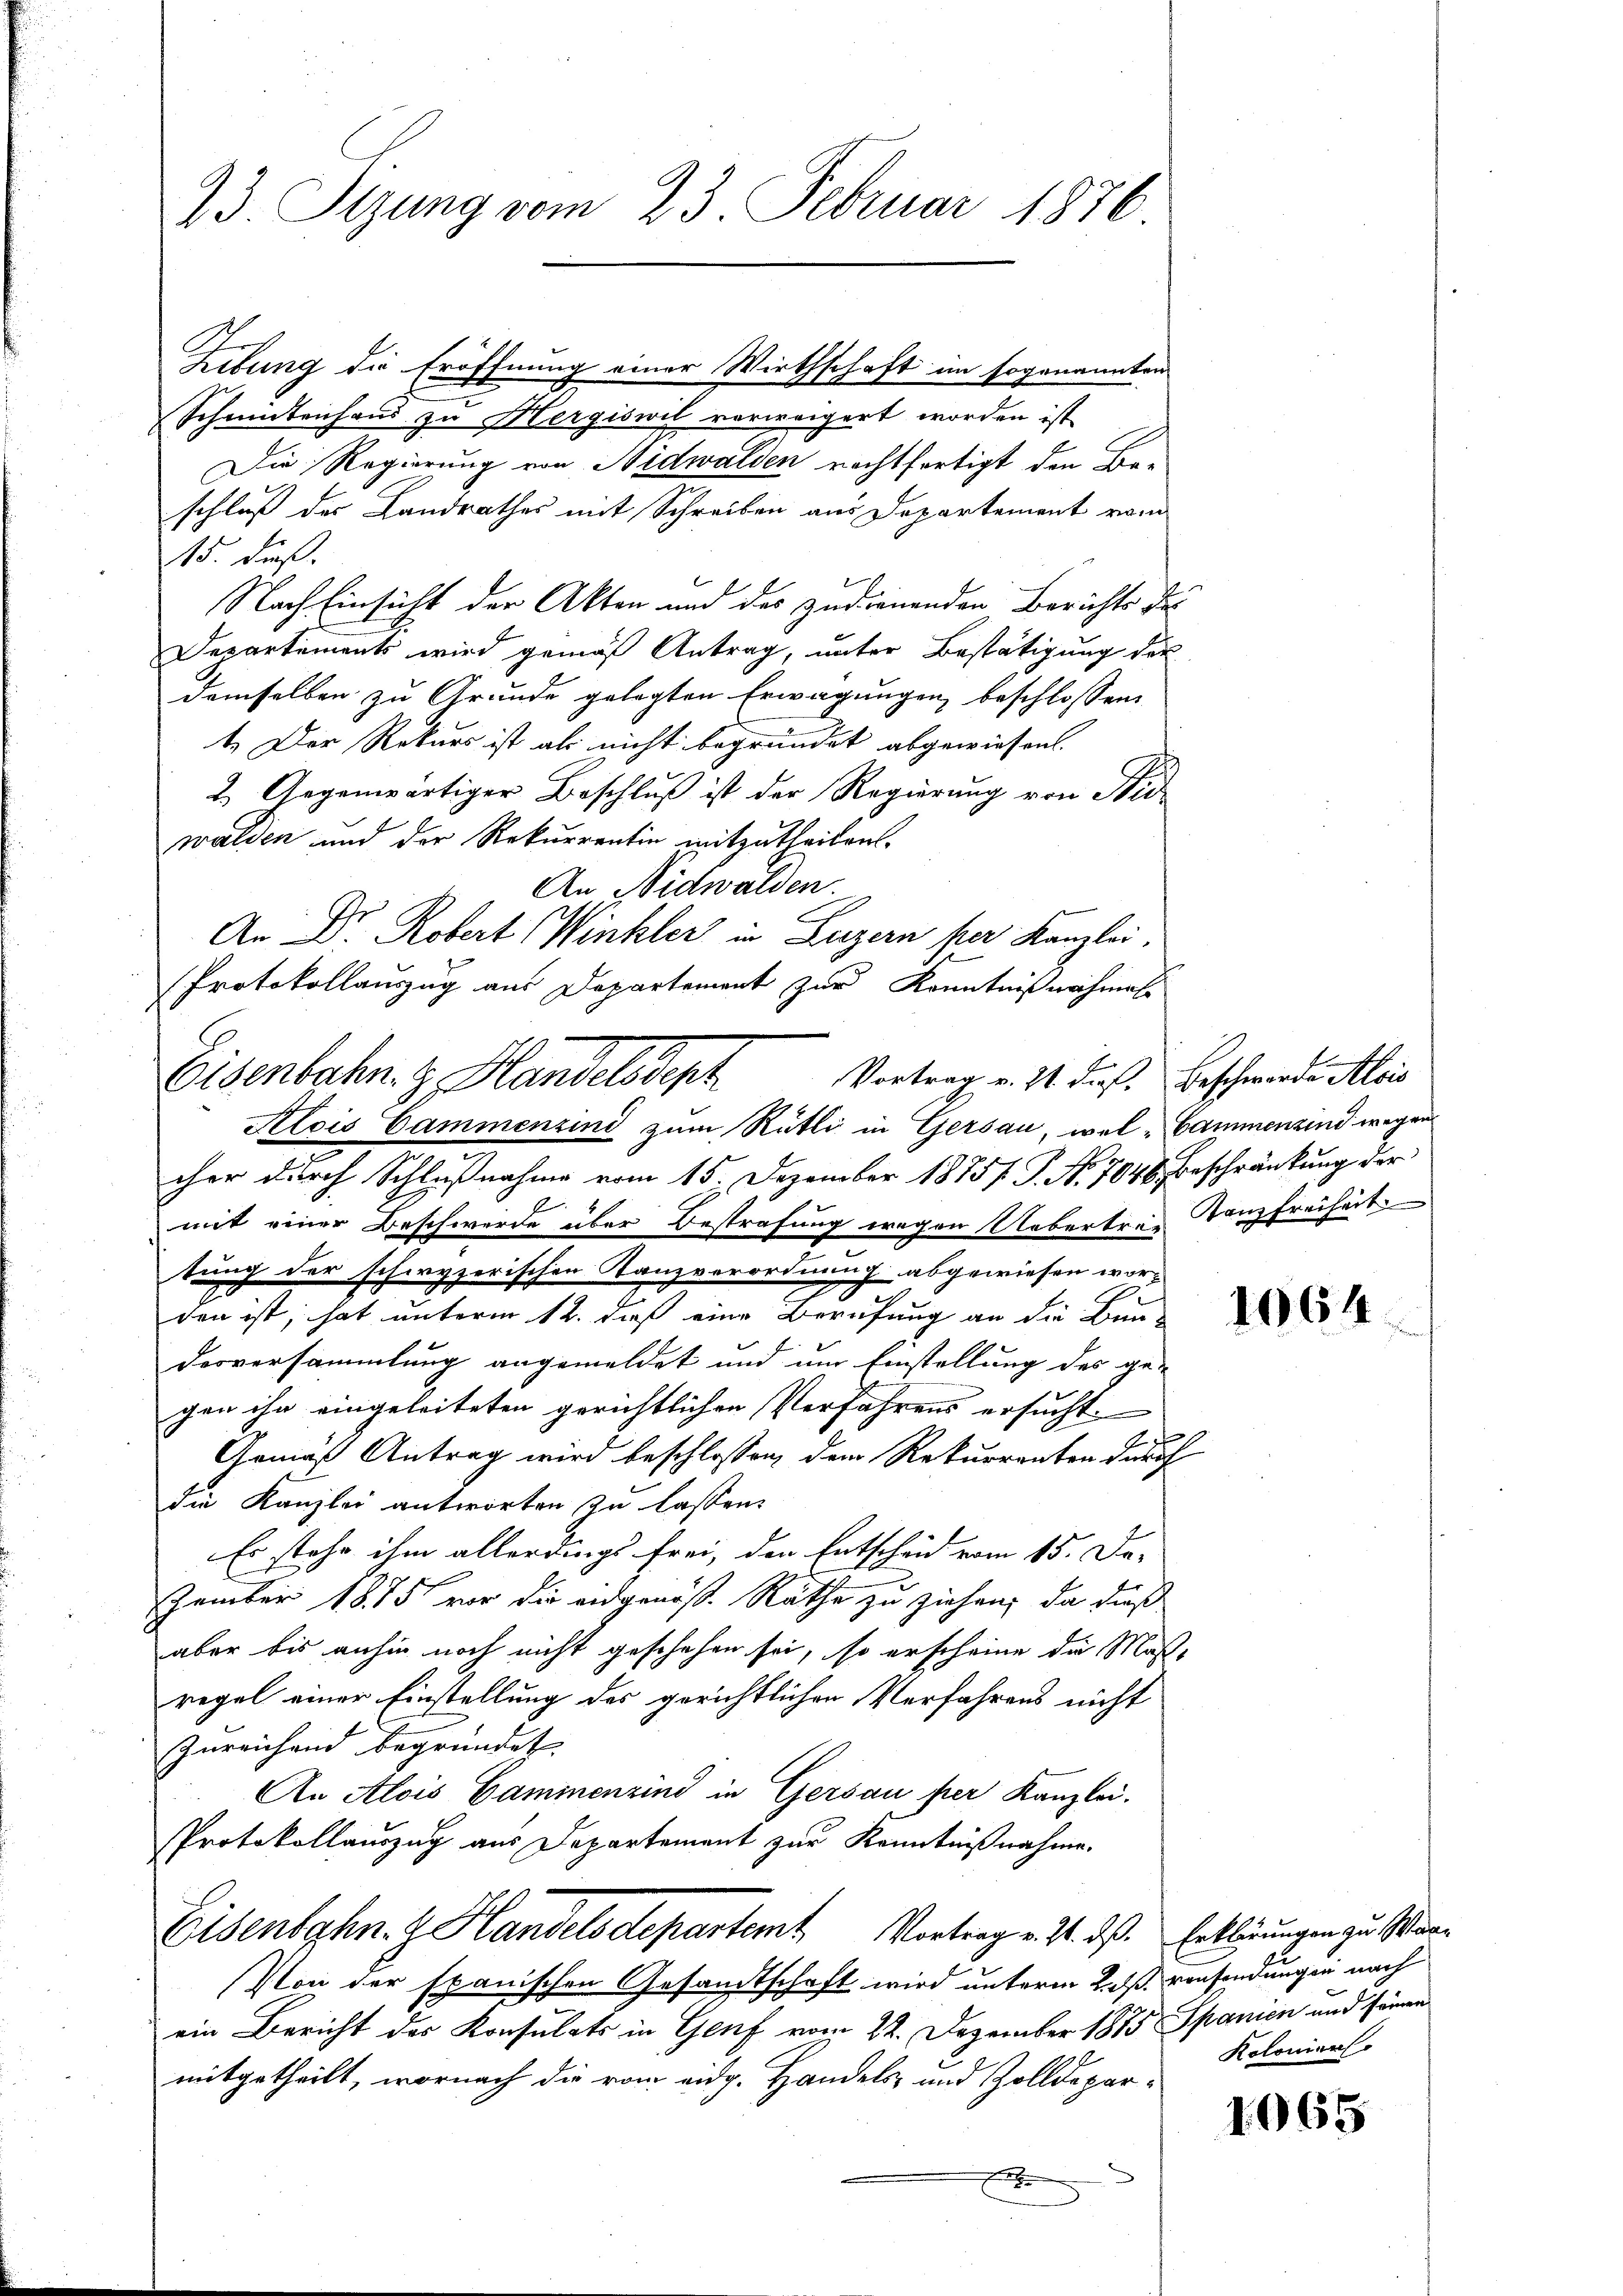
23. Sizung vom 23. Februar 1876

Lebung die Eröffnung einer Wirthschaft im sogenannten
Schmidtenhand zu Hergiswil vorweigert worden ist
Die Regierung von Nidwalden rechtfertigt den Be-
schluß der Landrathes mit Schreiben aus Departement vom
15. dieß.
Nach Einsicht der Akten und des zudienenden Berichts des
Departements wird gemäß Antrag, unter Bestätigung der
demselben zu Grunde gelegten Erwägungen beschlossen:
1.) Der Rekurs ist als nicht begründet abgewiesen.
2.) Gegenwärtiger Beschluß ist der Regierung von Nid-
walden und der Rekurrentin mitzutheilen.
An Nidwalden
An Dr. Robert Winkler in Luzern per Kanzlei.
Protokollauszug aus Departement zur Kenntnißnahmen
Alois Gammenzind zum Rütli in Gersau, wel "Cammenzind wegen
cher durch Schlußnahme vom 15. Dezember 1875 P. Nr. 7046 Beschränkung der
mit einer Beschwerde über Bestrafung wegen Uebertrag ganz freiheit
tung der schwyzerischen Tanzverordnung abgewiesen wor-
den ist, hat unterm 12. daß eine Berufung an die Bau-
dorversammlung angemeldet und um Einstellung des ge-
gen ihn eingeleiteten gerichtlichen Verfahrens ersucht.
2
Gemäß Antrag wird beschlossen, dem Rekurrenten durch
die Kanzlei antworten zu lassen.
Es stehe ihm allerdings frei, den Entscheid vom 15. De-
zember 1875 vor die eidgenoße Rathe zu ziehen, da dieß
aber bis anhin noch nicht geschehen sei, so erscheine die Maße
regel einer Einstellung des gerichtlichen Verfahrens nicht
Zureichend begründet. |
An Alois Cammenzind in Gersau per Kanzlei.
Protokollauszug aus Departement zur Kenntnißnahme.
Eisenbahn. z. Handelsdepartemt Vortrag v. J. das Erklärungen zu Win¬
Pton der spanischen Gesandtschaft wird unterm 2. ß. vonsendungen nach
ein Bericht des Konsulats in Genf vom 22. Dezember 1855 Spanien und seinen
mitgetheilt, wornach die vom eidg. Handels- und Zolldepar¬

E

Eisenbahn. & Handelsdept Vortrag v. 11. daß. Beschwerden Meis

1064.

Koloniers

1965